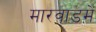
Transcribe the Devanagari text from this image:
मारवाडमें